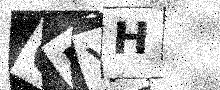
Text: C5YH